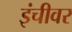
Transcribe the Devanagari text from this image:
इंचीवर